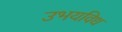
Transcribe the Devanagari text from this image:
उभयविध